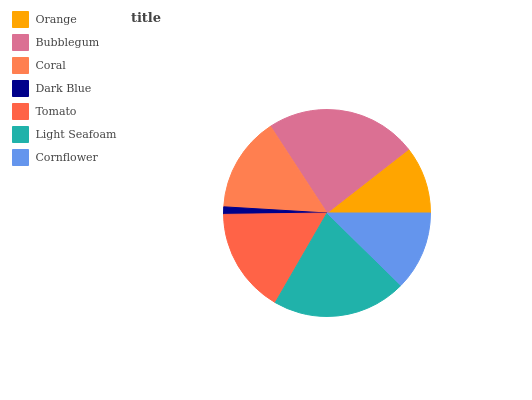
| Orange | Bubblegum | Coral | Dark Blue | Tomato | Light Seafoam | Cornflower |
 | --- | --- | --- | --- | --- | --- | --- |
 | 10.6% | 23.7% | 14.8% | 1.16% | 16.4% | 21% | 12.3% |